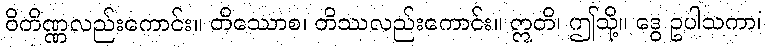
ဝိတိဏ္ဏလည်းကောင်း။ တိဿောစ၊ တိဿလည်းကောင်း။ ဣတိ၊ ဤသို့။ ဒွေ ဥပါသကာ၊